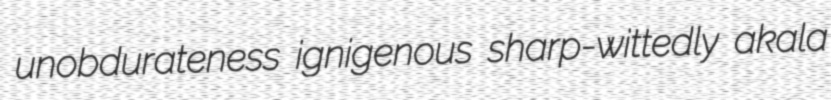
unobdurateness ignigenous sharp-wittedly akala